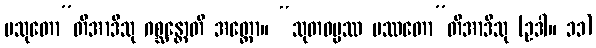
ပသုတော”တိအာဒီသု ဂစ္ဆန္တောတိ အတ္ထော။ “သုတဓမ္မဿ ပဿတော”တိအာဒီသု (ဥဒါ။ ၁၁)